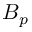
\boldsymbol { B } _ { p }